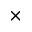
\times